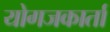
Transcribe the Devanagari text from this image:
योगजकार्ता